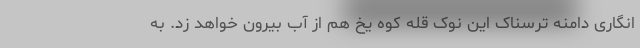
انگاری دامنه ترسناک این نوک قله کوه یخ هم از آب بیرون خواهد زد. به